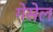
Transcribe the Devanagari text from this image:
गेसेल